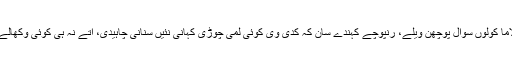
ایس توں وکھ کسے لاما کولوں سوال پوچھن ویلے، رنپوچے کہندے سان کہ کدی وی کوئی لمی چوڑی کہانی نئیں سنانی چاہیدی، اتے نہ ہی کوئی وکھالے والا ول اپنایا جاوے۔